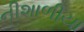
નીશાળીયા